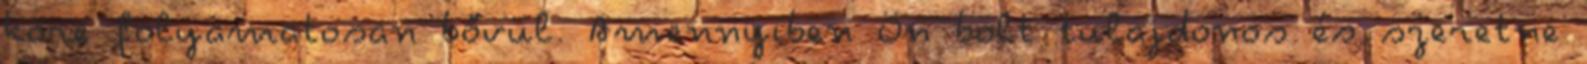
köre folyamatosan bővül. Amennyiben Ön bolt tulajdonos és szeretne